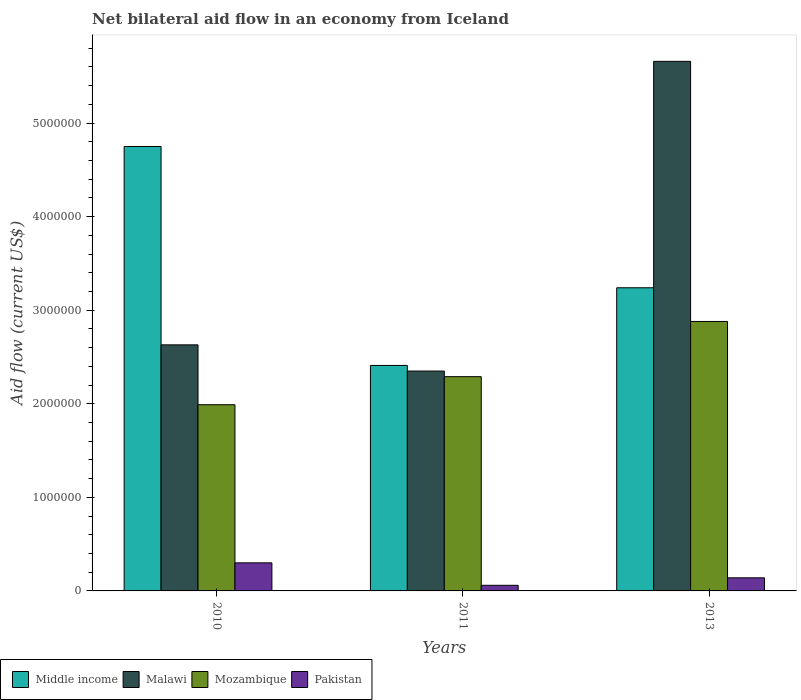
| Years | Middle income | Malawi | Mozambique | Pakistan |
 | --- | --- | --- | --- | --- |
 | 2010 | 4.75e+06 | 2.63e+06 | 1.99e+06 | 3e+05 |
 | 2011 | 2.41e+06 | 2.35e+06 | 2.29e+06 | 6e+04 |
 | 2013 | 3.24e+06 | 5.66e+06 | 2.88e+06 | 1.4e+05 |